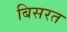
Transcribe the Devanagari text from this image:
बिसरत